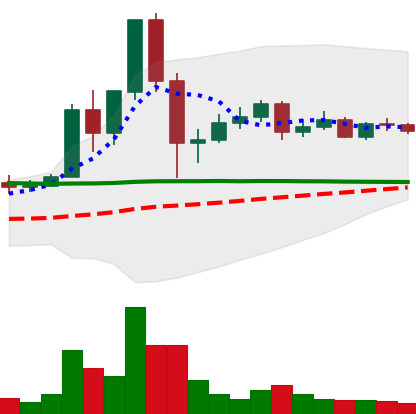
Ticker: DOGE-USD
Chart end date: 2020-12-07
Forward return: -5.356%
Label: down_5_7